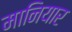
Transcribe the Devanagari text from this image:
मानियार